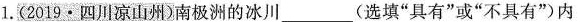
1.(2019·四川凉山州)南极洲的冰川___(选填”具有”或”不具有”)内